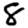
Digit: 8